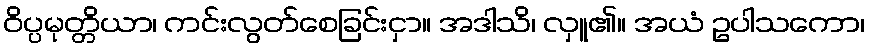
ဝိပ္ပမုတ္တိယာ၊ ကင်းလွတ်စေခြင်းငှာ။ အဒါသိ၊ လှူ၏။ အယံ ဥပါသကော၊